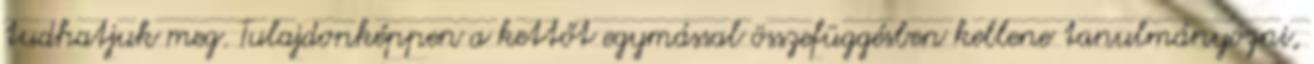
tudhatjuk meg. Tulajdonképpen a kettőt egymással összefüggésben kellene tanulmányozni,